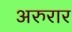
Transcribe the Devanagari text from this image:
अरुरार